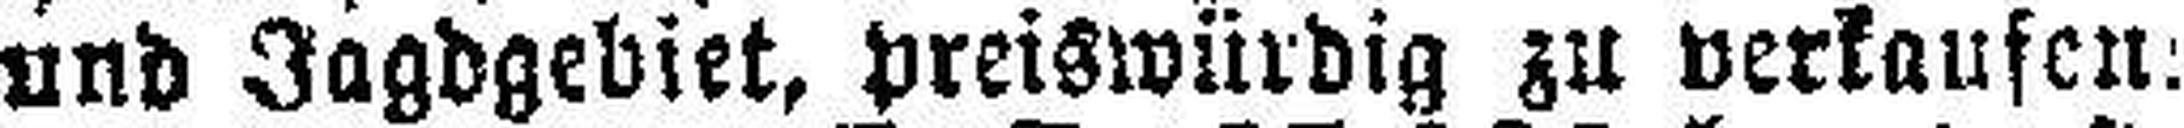
und Jagdgebiet, preiswürdig zu verkaufen: